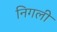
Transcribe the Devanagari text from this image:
निगली